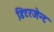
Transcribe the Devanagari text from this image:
डिटरजेन्ट